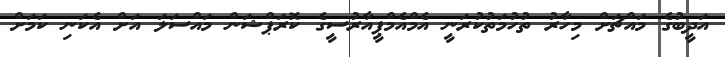
އަދީބުގެ މައްޗަށް މިހާރު ތުހުމަތުކުރަނީ އެމްއެމްޕީއާރުސީގެ ކޮރަޕްޝަން މައްސަލަ އަށް އެކަނި ކަމަށް